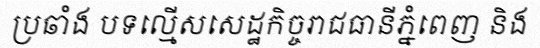
ប្រឆាំង បទល្មើសសេដ្ឋកិច្ចរាជធានីភ្នំពេញ និង